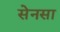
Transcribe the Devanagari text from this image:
सेनसा